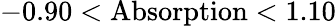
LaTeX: -0.90<\mathrm{Absorption}<1.10